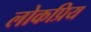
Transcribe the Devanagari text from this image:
लोकप्रिय